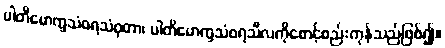
ပါတိမောက္ခသံဝရသံဝုတာ၊ ပါတိမောက္ခသံဝရသီလကိုစောင့်စည်းကုန်သည်ဖြစ်၍။